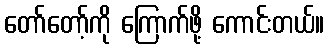
တော်တော့်ကို ကြောက်ဖို့ ကောင်းတယ်။